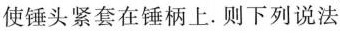
使锤头紧套在锤柄上。则下列说法